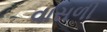
વાસળી